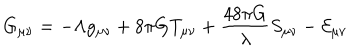
G _ { \mu \nu } = - \Lambda g _ { \mu \nu } + 8 \pi G T _ { \mu \nu } + \frac { 4 8 \pi G } { \lambda } S _ { \mu \nu } - { \cal E } _ { \mu \nu }